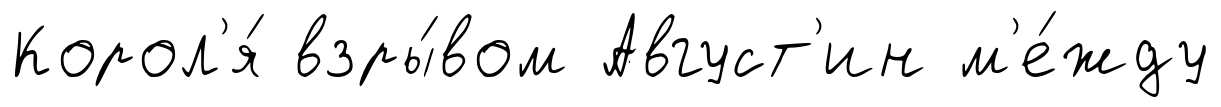
Корол'я́ взры́вом Август'ин м'е́жду